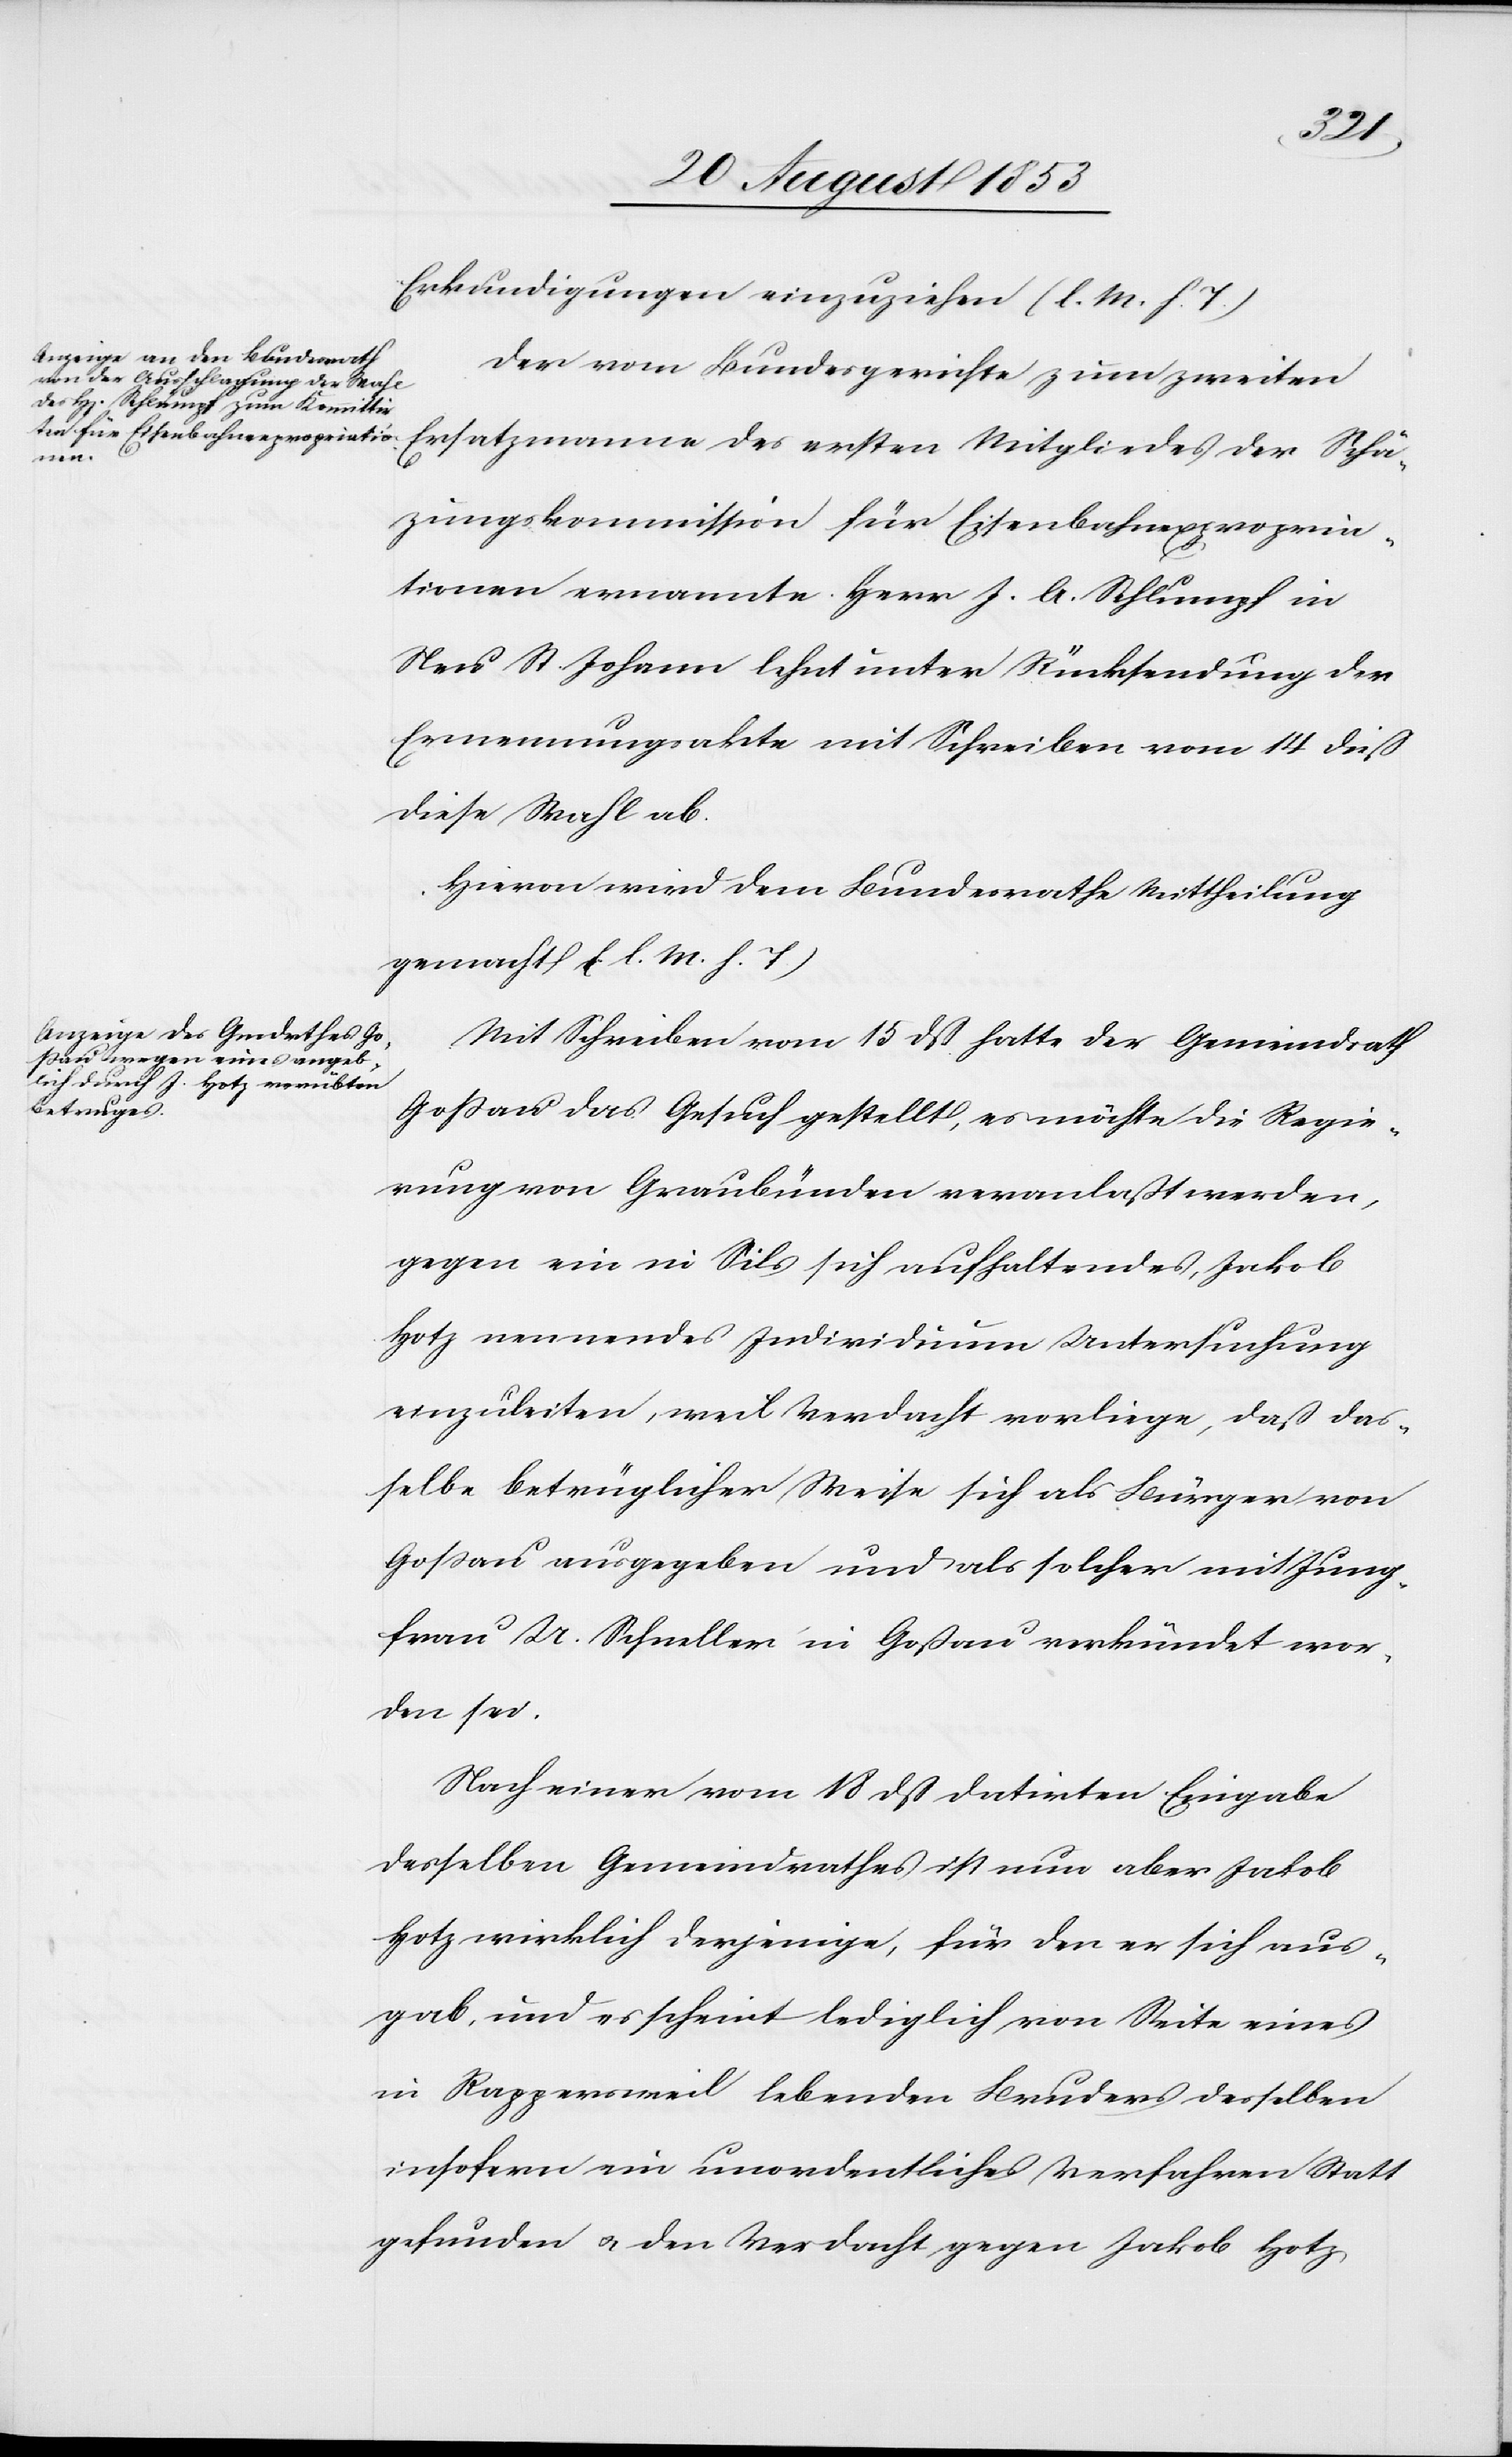
Erkundigungen einzureichen [l. M. h. T].
Der vom Bundesgerichte zum zweiten
Ersatzmanne des ersten Mitgliedes der Regie¬
rungskommission für Eisenbahnexpropria¬
tionen ernannte Herr J. A. Schlumpf in
Neu St. Johann lehnt unter Rücksendungen der
Ernennungsakte mit Schreiben vom 14 dieß
diese Wahl ab.
Hievon wird dem Bundesrathe Mittheilung
gemacht [l. M. h. T].
Mit Schreiben vom 15 dß hatte der Gemeindrath
Goßau das Gesuch gestellt, es möchte die Regie¬
rung von Graubünden veranlaßt werden,
gegen ein in Sils sich aufhaltendes, Jakob
Hotz nennendes Individuum Untersuchung
einzuleiten, weil Verdacht vorliege, daß das¬
selbe betrüglicher Weise sich als Bürger von
Goßau ausgegeben und als solcher mit Jung¬
frau U. Schneller in Goßau verkündet wor¬
den sei.
Nach einer vom 18 dß datirten Eingabe
desselben Gemeindrathes ist nun aber Jakob
Hotz wirklich derjenige, für den er sich aus¬
gab, und es scheint lediglich von Seite eines
in Rappersweil lebenden Bruders desselben
insofern ein unordentliches Verfahren Statt
gefunden u. den Verdacht gegen Jakob Hotz